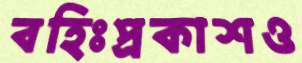
বহিঃপ্রকাশও